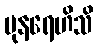
ပုနရေဟိသိ